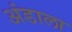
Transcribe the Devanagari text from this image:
अंडाला